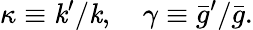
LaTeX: \kappa\equiv\mathit{k}^{\prime}/\mathit{k},\quad\gamma\equiv\bar{{g}}^{\prime}/\bar{{g}}.